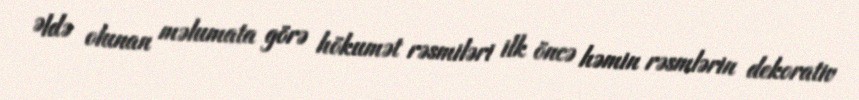
Əldə olunan məlumata görə hökumət rəsmiləri ilk öncə həmin rəsmlərin dekorativ